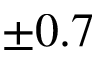
\pm 0 . 7